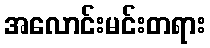
အလောင်းမင်းတရား